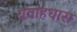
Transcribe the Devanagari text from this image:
प्रवाहधारा